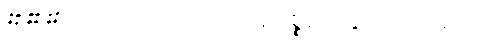
### **အပိုင်း (၇) - ကုန်ပစ္စည်းနှင့် ကုဒ်များ**